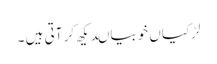
لڑکیاں خوبیاںدیکھ کر آتی ہیں ۔